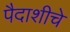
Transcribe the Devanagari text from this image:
पैदाशीचे